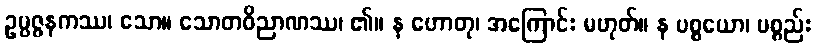
ဥပ္ပဇ္ဇနကဿ၊ သော။ သောတဝိညာဏဿ၊ ၏။ န ဟောတု၊ အကြောင်း မဟုတ်။ န ပစ္စယော၊ ပစ္စည်း